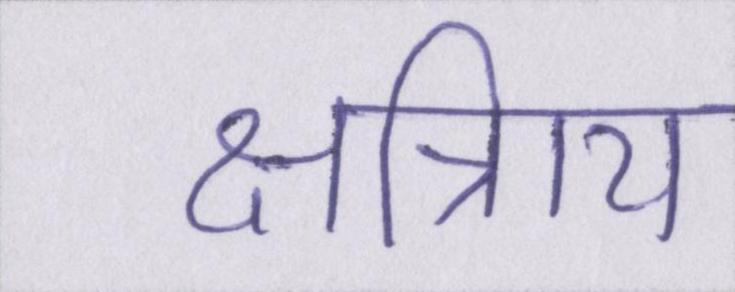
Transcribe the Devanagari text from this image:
क्षत्रिाय